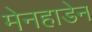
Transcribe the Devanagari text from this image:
मेनहाडेन